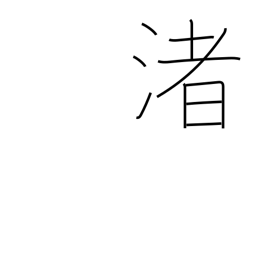
Meaning: strand